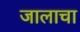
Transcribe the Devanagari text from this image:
जालाचा